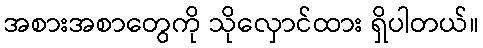
အစားအစာတွေကို သိုလှောင်ထား ရှိပါတယ်။